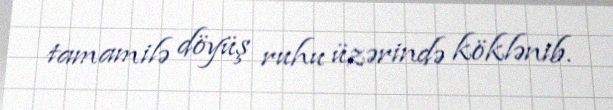
tamamilə döyüş ruhu üzərində köklənib.